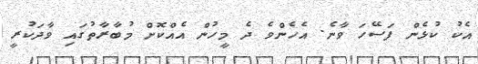
އެކު ކުޅެން ފަސޭހަ ވާނެ. އެހެންވެ ދެ މީހުން އެއްކޮށް މުބާރާތުގައި ވާދަކުރީ